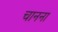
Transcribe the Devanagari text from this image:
चानना